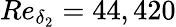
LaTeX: Re_{\delta_{2}}=44,420